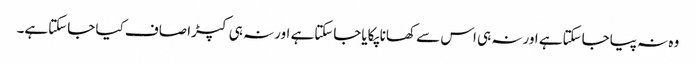
وہ نہ پیاجاسکتاہے اورنہ ہی اس سے کھانا پکایاجاسکتاہے اورنہ ہی کپڑا صاف کیا جاسکتاہے۔